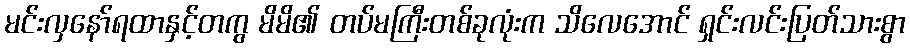
မင်းလှနော်ရထာနှင့်တကွ မိမိ၏ တပ်မကြီးတစ်ခုလုံးက သိလေအောင် ရှင်းလင်းပြတ်သားစွာ